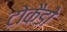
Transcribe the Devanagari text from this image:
टोकैडो